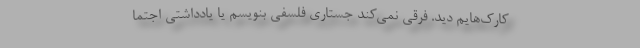
کارک‌هایم دید. فرقی نمی‌کند جستاری فلسفی بنویسم یا یادداشتی اجتما